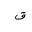
Letter: _qaf